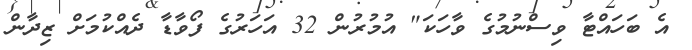
އެ ބަހައްޓާ ވިސްނުމުގެ ވާހަކަ" އުމުރުން 32 އަހަރުގެ ފޯވާޑާ ދެއްކުމަށް ޒިދާން